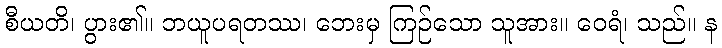
စီယတိ၊ ပွား၏။ ဘယူပရတဿ၊ ဘေးမှ ကြဉ်သော သူအား။ ဝေရံ၊ သည်။ န